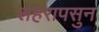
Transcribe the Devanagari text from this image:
शहरापसुन